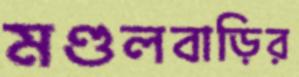
মণ্ডলবাড়ির